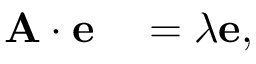
\begin{array} { r l } { \centering \mathbf { A } \cdot \mathbf { e } } & { { } = \lambda \mathbf { e } , } \end{array}